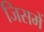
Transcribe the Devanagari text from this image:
जिसमें